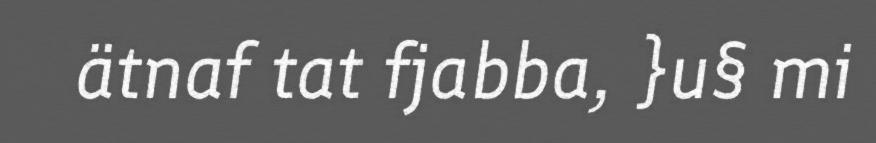
ätnaf tat fjabba, }u§ mi